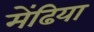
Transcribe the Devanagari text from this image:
मेंढिया